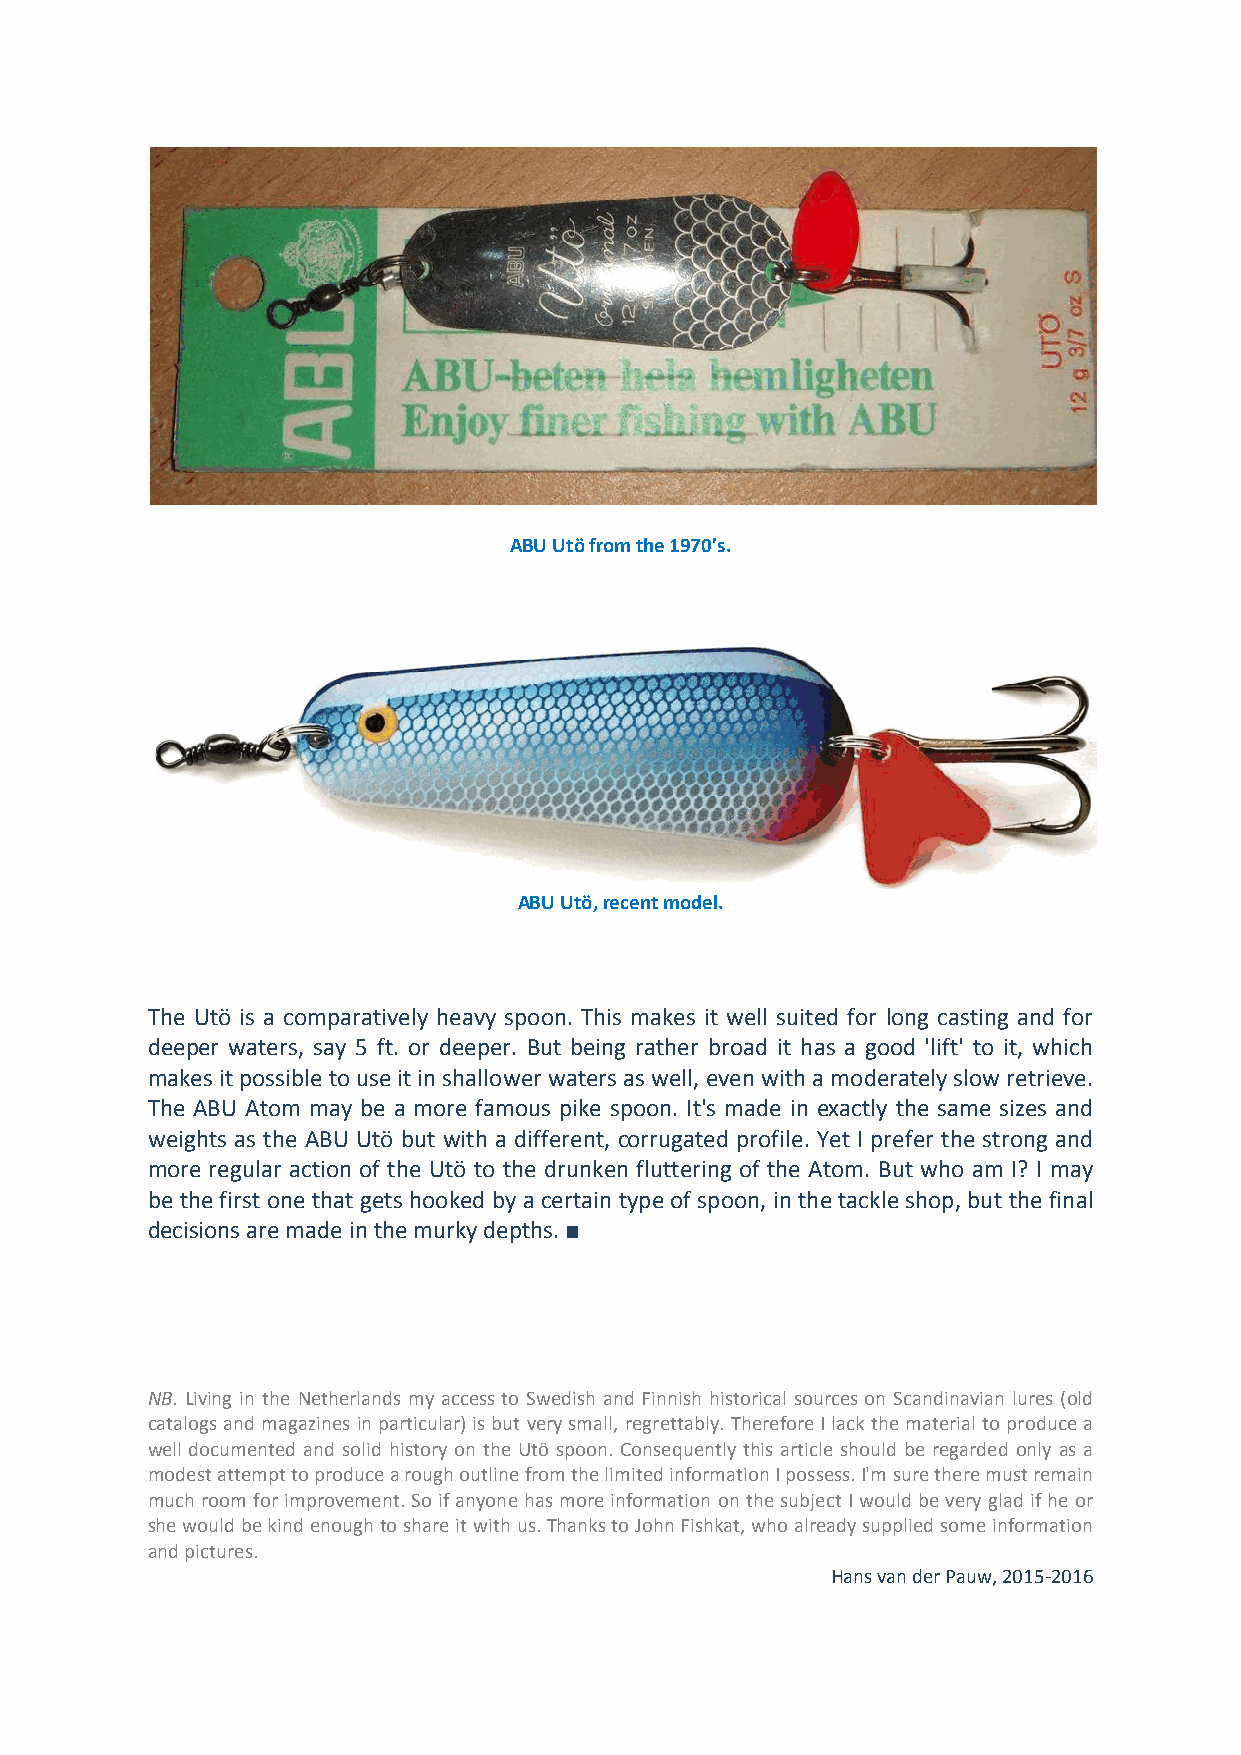
ABU Utö from the 1970's.
 ABU Utö, recent model.
 The Utö is a comparatively heavy spoon. This makes it well suited for long casting and for
 deeper waters, say 5 ft. or deeper. But being rather broad it has a good 'lift' to it, which
 makes it possible to use it in shallower waters as well, even with a moderately slow retrieve.
 The ABU Atom may be a more famous pike spoon. It's made in exactly the same sizes and
 weights as the ABU Utö but with a different, corrugated profile. Yet I prefer the strong and
 more regular action of the Utö to the drunken fluttering of the Atom. But who am I? I may
 be the first one that gets hooked by a certain type of spoon, in the tackle shop, but the final
 decisions are made in the murky depths. ■
 NB. Living in the Netherlands my access to Swedish and Finnish historical sources on Scandinavian lures (old
 catalogs and magazines in particular) is but very small, regrettably. Therefore I lack the material to produce a
 well documented and solid history on the Utö spoon. Consequently this article should be regarded only as a
 modest attempt to produce a rough outline from the limited information I possess. I'm sure there must remain
 much room for improvement. So if anyone has more information on the subject I would be very glad if he or
 she would be kind enough to share it with us. Thanks to John Fishkat, who already supplied some information
 and pictures.
 Hans van der Pauw, 2015-2016